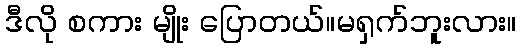
ဒီလို စကား မျိုး ပြောတယ်။မရှက်ဘူးလား။